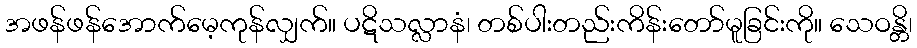
အဖန်ဖန်အောက်မေ့ကုန်လျှက်။ ပဋိသလ္လာနံ၊ တစ်ပါးတည်းကိန်းတော်မူခြင်းကို။ သေဝန္တိ၊